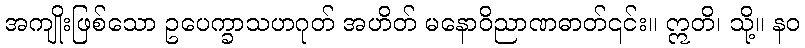
အကျိုးဖြစ်သော ဥပေက္ခာသဟဂုတ် အဟိတ် မနောဝိညာဏဓာတ်၎င်း။ ဣတိ၊ သို့။ နဝ